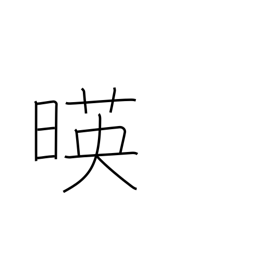
Meaning: sun beginning decline